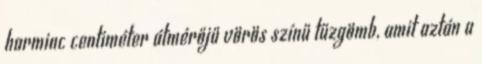
harminc centiméter átmérőjű vörös színű tűzgömb, amit aztán a